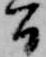
間